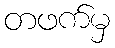
တဖက်မှ